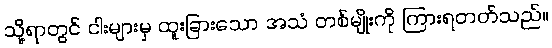
သို့ရာတွင် ငါးများမှ ထူးခြားသော အသံ တစ်မျိုးကို ကြားရတတ်သည်။